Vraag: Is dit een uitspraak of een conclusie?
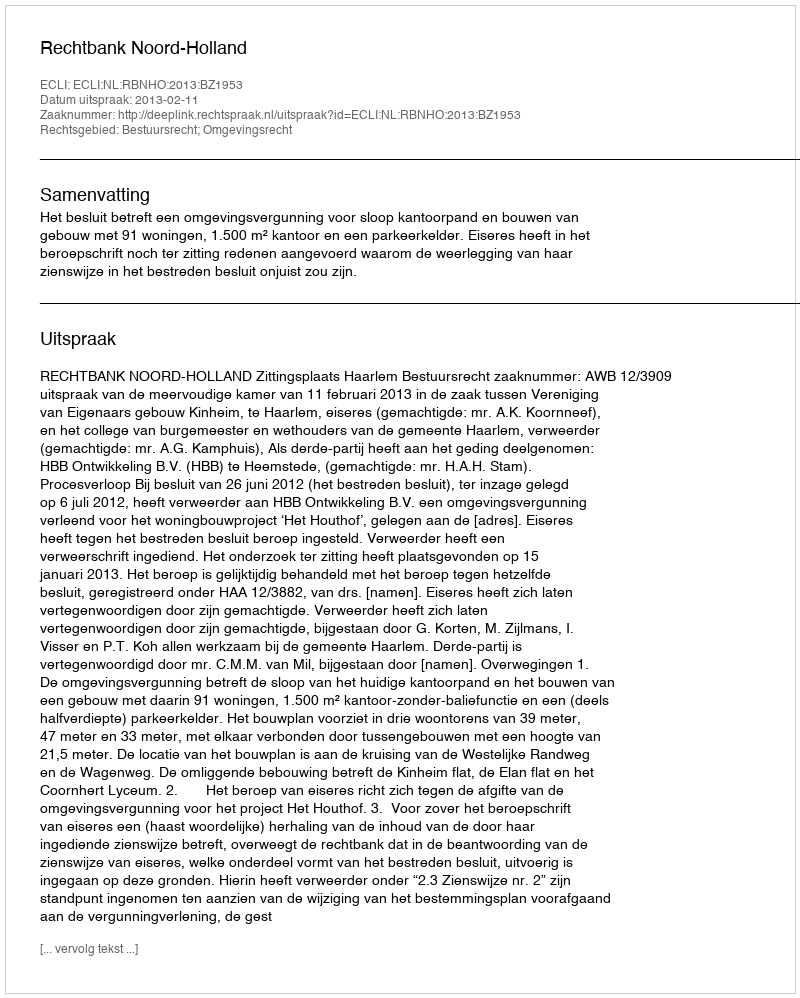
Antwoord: Uitspraak